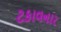
ટકાવનાર